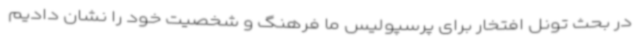
در بحث تونل افتخار برای پرسپولیس ما فرهنگ و شخصیت خود را نشان دادیم